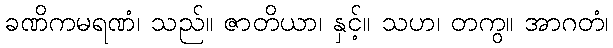
ခဏိကမရဏံ၊ သည်။ ဇာတိယာ၊ နှင့်။ သဟ၊ တကွ။ အာဂတံ၊